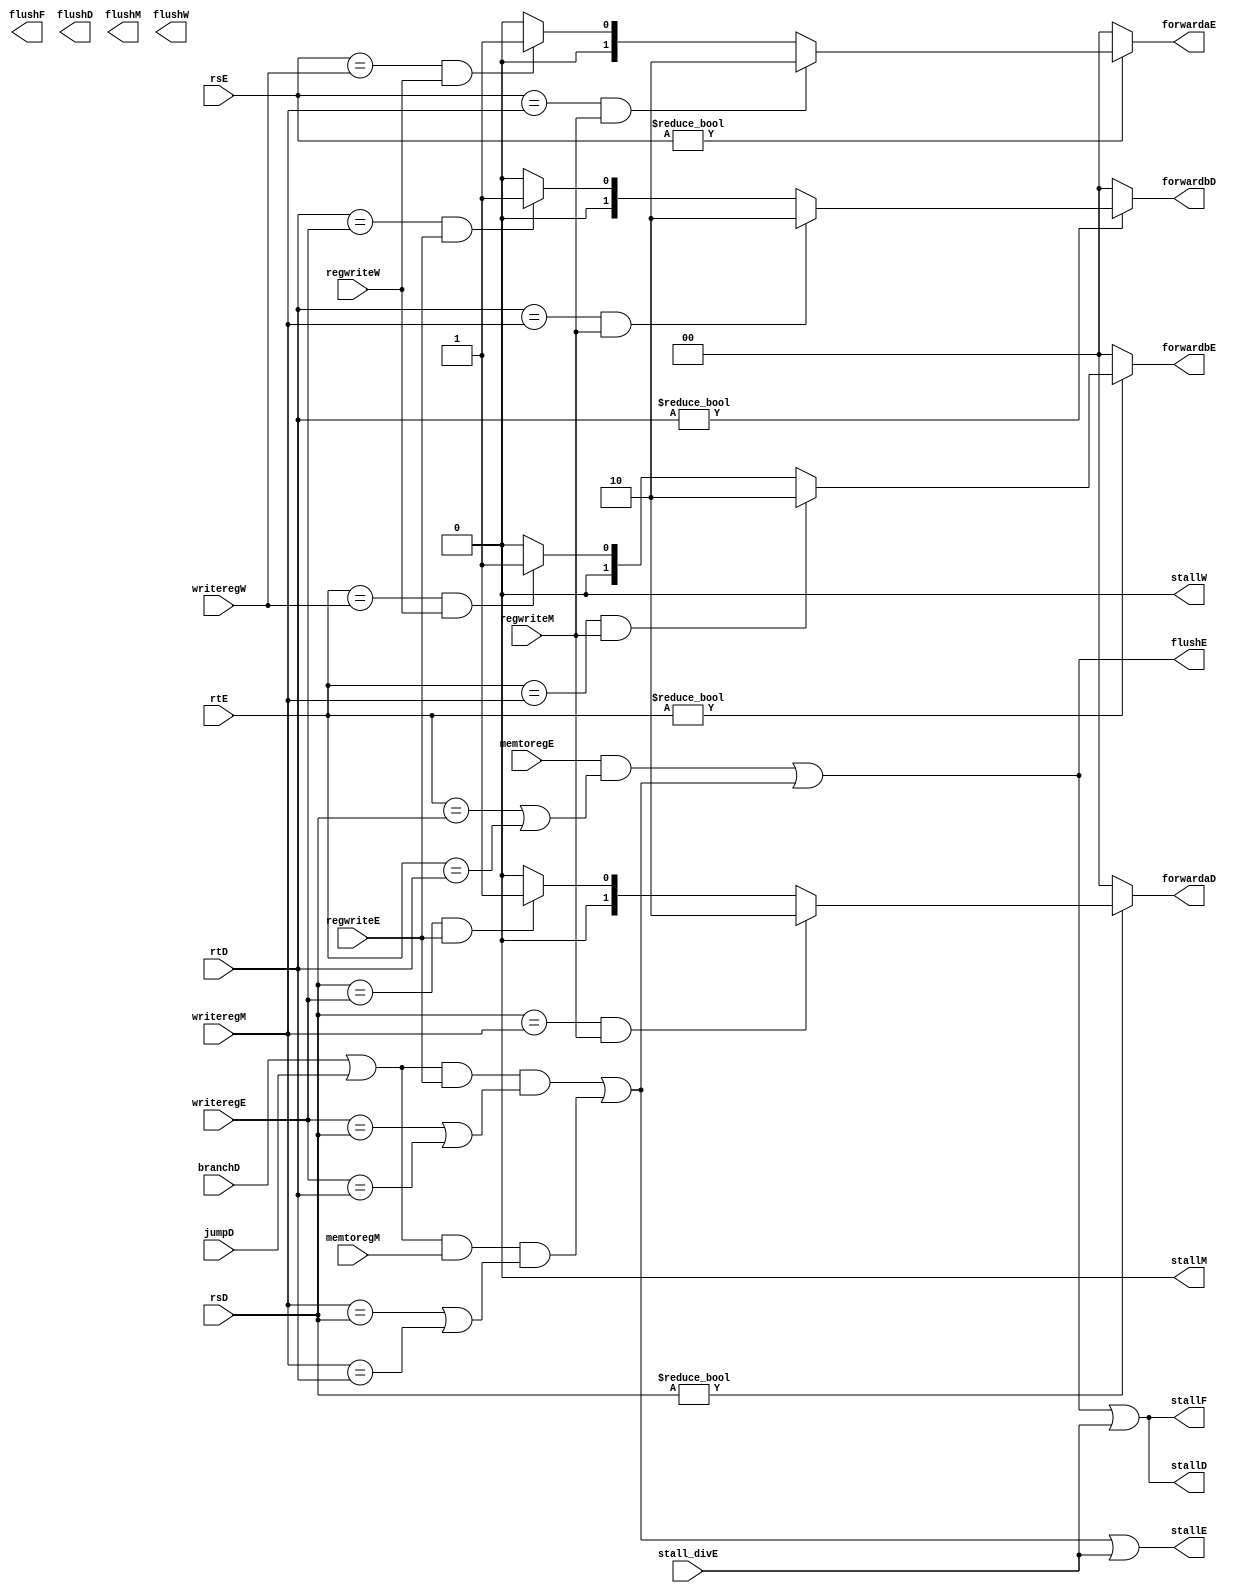
`timescale 1ns / 1ps
//////////////////////////////////////////////////////////////////////////////////
// Company: 
// Engineer: 
// 
// Design Name: 
// Module Name: hazard
// Project Name: 
// Target Devices: 
// Tool Versions: 
// Description: 
// 
// Dependencies: 
// 
// Revision:
// Revision 0.01 - File Created
// Additional Comments:
// 
//////////////////////////////////////////////////////////////////////////////////


module hazard(
	//fetch stage
	output wire stallF,flushF,
	//decode stage
	input wire[4:0] rsD,rtD,
	input wire branchD,jumpD,
	output reg[1:0] forwardaD,forwardbD,
	output wire stallD,flushD,
	//execute stage
	input wire[4:0] rsE,rtE,
	input wire[4:0] writeregE,
	input wire regwriteE,
	input wire memtoregE,stall_divE,
	output reg[1:0] forwardaE,forwardbE,
	output wire stallE, flushE,
	//mem stage
	input wire[4:0] writeregM,
	input wire regwriteM,
	input wire memtoregM,
	output wire stallM, flushM,

	//write back stage
	input wire[4:0] writeregW,
	input wire regwriteW,
	output wire stallW, flushW
    );

	wire lwstallD,branchstallD;

	//forwarding sources to D stage (branch equality)
//	assign forwardaD = (rsD != 0 & rsD == writeregM & regwriteM);
//	assign forwardbD = (rtD != 0 & rtD == writeregM & regwriteM);
	always @(*) begin
		forwardaD = 2'b00;
		forwardbD = 2'b00;
		if(rsD != 0) begin
			/* code */
			if(rsD == writeregM & regwriteM) begin
				/* code */
				forwardaD = 2'b10;
			end else if(rsD == writeregE & regwriteE) begin
				/* code */
				forwardaD = 2'b01;
			end
		end
		if(rtD != 0) begin
			/* code */
			if(rtD == writeregM & regwriteM) begin
				/* code */
				forwardbD = 2'b10;
			end else if(rtD == writeregE & regwriteE) begin
				/* code */
				forwardbD = 2'b01;
			end
		end
	end
	
	//forwarding sources to E stage (ALU)

	always @(*) begin
		forwardaE = 2'b00;
		forwardbE = 2'b00;
		if(rsE != 0) begin
			/* code */
			if(rsE == writeregM & regwriteM) begin
				/* code */
				forwardaE = 2'b10;
			end else if(rsE == writeregW & regwriteW) begin
				/* code */
				forwardaE = 2'b01;
			end
		end
		if(rtE != 0) begin
			/* code */
			if(rtE == writeregM & regwriteM) begin
				/* code */
				forwardbE = 2'b10;
			end else if(rtE == writeregW & regwriteW) begin
				/* code */
				forwardbE = 2'b01;
			end
		end
	end

	//stalls
	assign #1 lwstallD = memtoregE & (rtE == rsD | rtE == rtD);
//	assign #1 branchstallD = branchD &
//				(regwriteE & 
//				(writeregE == rsD | writeregE == rtD) |
//				memtoregM &
//				(writeregM == rsD | writeregM == rtD));
    assign branchstallD = ((branchD||jumpD) && regwriteE && (writeregE == rsD || writeregE == rtD) || 
                            (branchD||jumpD) && memtoregM && (writeregM == rsD || writeregM == rtD));

	assign #1 stallD = lwstallD | branchstallD | stall_divE;
	assign #1 stallF = stallD;
	assign #1 stallE = branchstallD | stall_divE;
	assign #1 stallM = 0;
	assign #1 stallW = 0;
		//stalling D stalls all previous stages
	assign #1 flushE = lwstallD | branchstallD;
//	assign #1 flushM = stall_divE;
		//stalling D flushes next stage
	// Note: not necessary to stall D stage on store
  	//       if source comes from load;
  	//       instead, another bypass network could
  	//       be added from W to M
endmodule